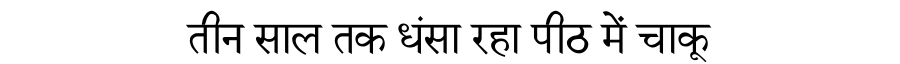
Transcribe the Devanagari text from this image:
तीन साल तक धंसा रहा पीठ में चाकू